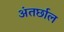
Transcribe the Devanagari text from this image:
अंतर्छाल